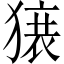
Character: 𬍀